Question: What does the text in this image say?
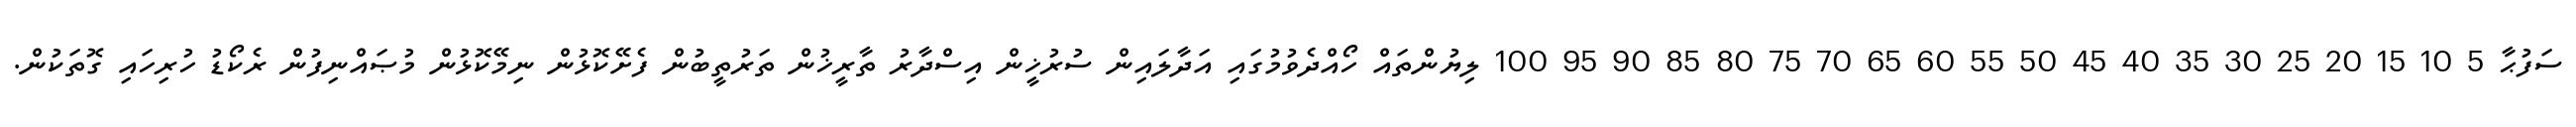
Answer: ސަފުޙާ 5 10 15 20 25 30 35 40 45 50 55 60 65 70 75 80 85 90 95 100 ލިޔުންތައް ހޯއްދެވުމުގައި އަދާލައިން ސުރުޚީން އިސްދާރު ތާރީޚުން ތަރުތީބުން ފެށޭކޮޅުން ނިމޭކޮޅުން މުޞައްނިފުން ރެކޯޑު ހުރިހައި ގޮތަކުން.